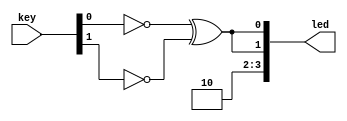
module top
(
    input  [1:0] key,
    output [9:0] led
);

    wire a = ~ key [0];
    wire b = ~ key [1];
    
    assign led [0] = a ^ b;
    assign led [1] = ~ key [0] ^ ~ key [1];

    // Exercise: Change the code below.
    // Write the same for led [2] - logic operation AND 
    // Write the same for led [3] - logic operation OR
    
    assign led [2] = 1'b0;
    assign led [3] = 1'b1;

endmodule